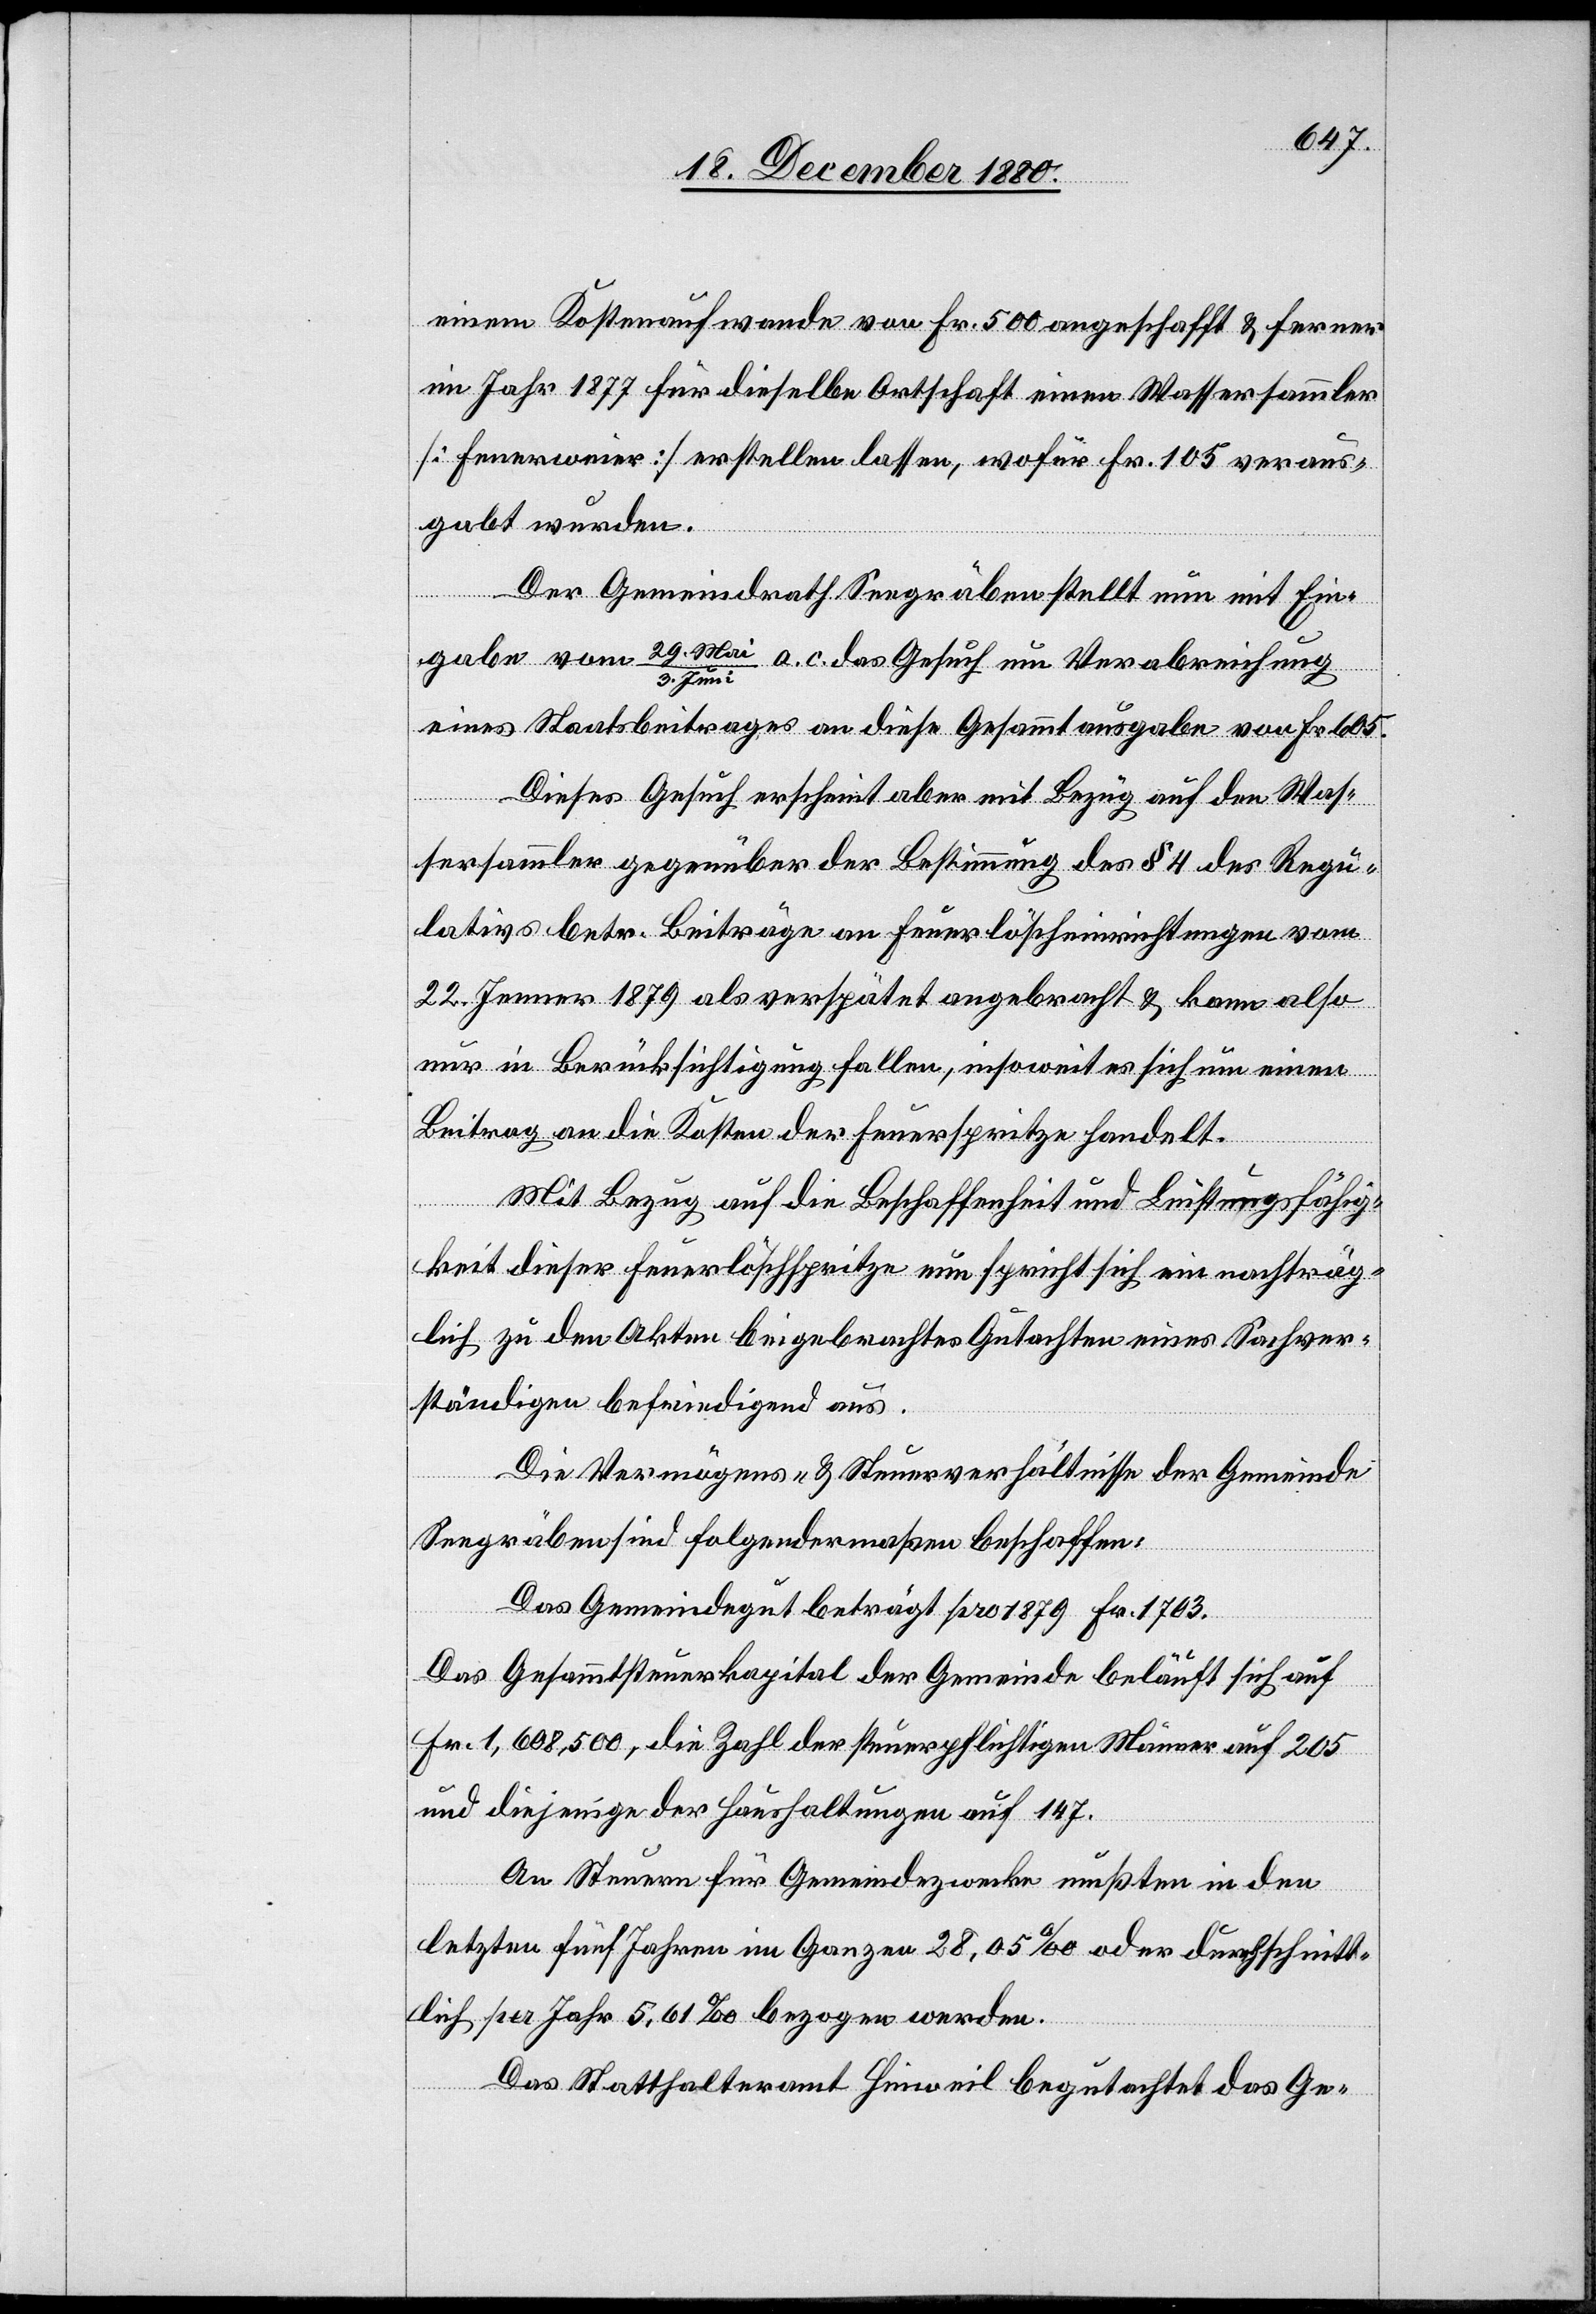
einem Kostenaufwande von Fr. 500 angeschafft & ferner
im Jahr 1877 für dieselbe Ortschaft einen Wassersammler
[Feuerweier] erstellen lassen, wofür Fr. 105 veraus¬
gabt wurden.
Der Gemeindrath Seegräben stellt nun mit Ein¬
gabe vom 29. Mai/3. Juni a. c. das Gesuch um Verabreichung
eines Staatsbeitrages an diese Gesammtausgabe von Fr. 605.
Dieses Gesuch erscheint aber mit Bezug auf den Was¬
sersammler gegenüber der Bestimmung des § 4 des Regu¬
lativs betr. Beiträge an Feuerlöscheinrichtungen vom
2. Jenner 1879 als verspätet angebracht & kann also
nur in Berücksichtigung fallen, insoweit es sich um einen
Beitrag an die Kosten der Feuerspritze handelt.
Mit Bezug auf die Beschaffenheit und Leistungsfähig¬
keit dieser Feuerlöschspritze nun spricht sich ein nachträg¬
lich zu den Akten beigebrachtes Gutachten eines Sachver¬
ständigen befriedigend aus.
Die Vermögens- & Steuerverhältnisse der Gemeinde
Seegräben sind folgendermaßen beschaffen:
Das Gemeindegut beträgt pro 1879 Fr. 1703.
Das Gesammtsteuerkapital der Gemeinde beläuft sich auf
Fr. 1,608,500, die Zahl der steuerpflichtigen Männer auf 205
und diejenigen der Haushaltungen auf 147.
An Steuern für Gemeindezwecke mußten in den
letzten fünf Jahren im Ganzen 28,05‰ oder durchschnitt¬
lich per Jahr 5,61‰ bezogen werden.
Das Statthalteramt Hinweil begutachtet das Ge-